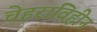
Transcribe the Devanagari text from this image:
चेहराविहीन